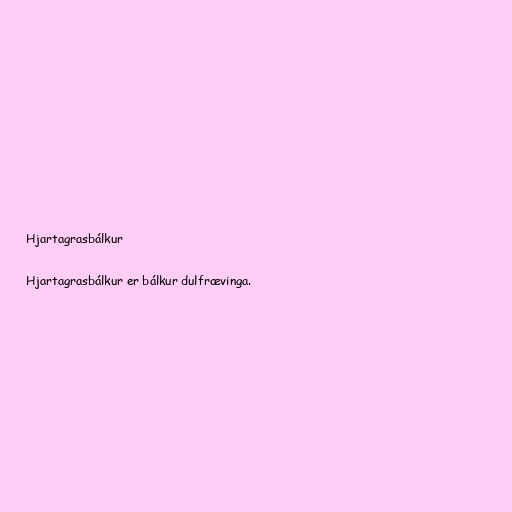
Hjartagrasbálkur

Hjartagrasbálkur er bálkur dulfrævinga.